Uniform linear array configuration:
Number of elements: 64
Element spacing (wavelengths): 0.5
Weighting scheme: cosine
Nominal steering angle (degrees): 30
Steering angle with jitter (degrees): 31.208
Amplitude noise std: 0.05
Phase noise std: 0.05

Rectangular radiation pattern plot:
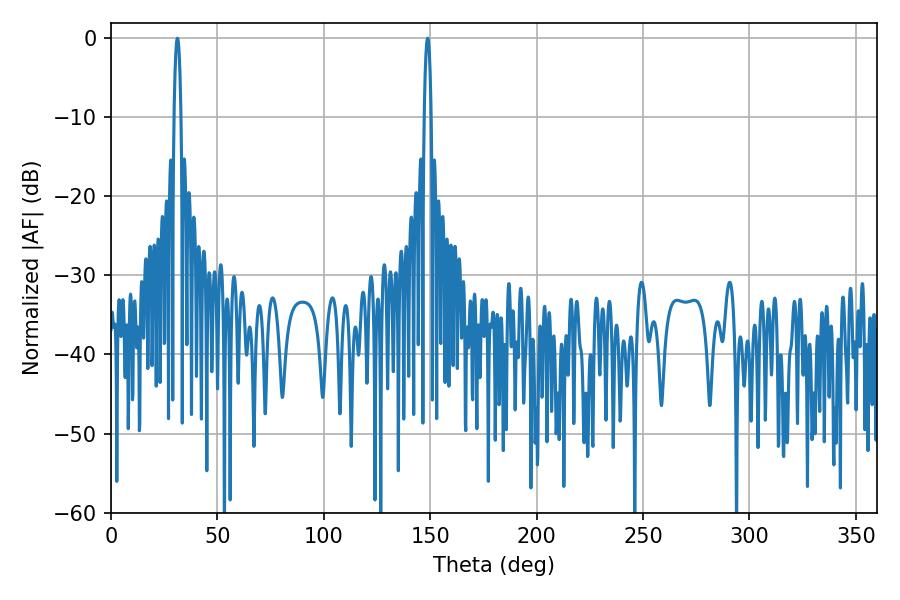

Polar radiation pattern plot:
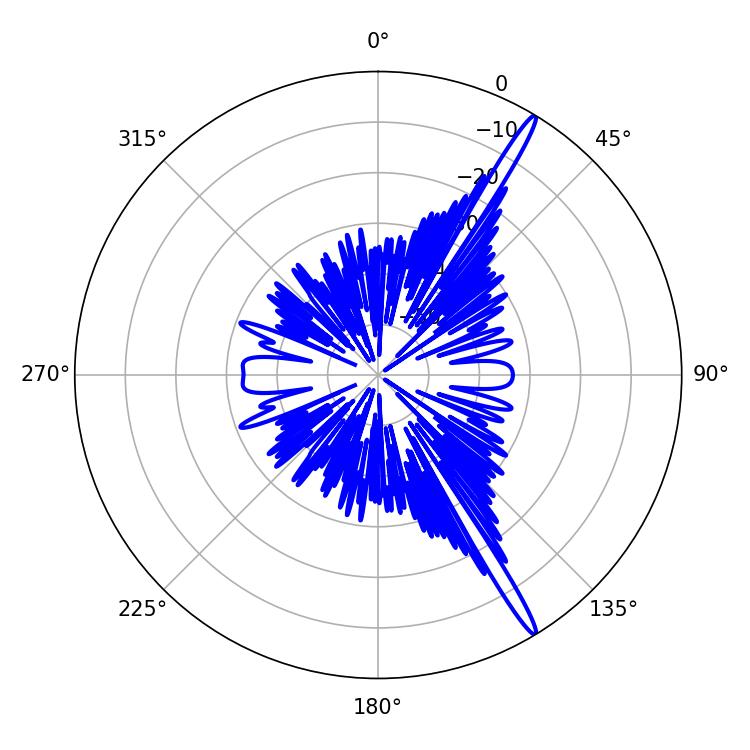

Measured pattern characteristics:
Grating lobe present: FALSE
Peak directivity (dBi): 17.193
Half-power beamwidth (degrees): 1.8
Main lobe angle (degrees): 31.14